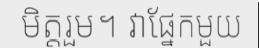
មិត្តរួម។ វាផ្នែកមួយ